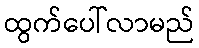
ထွက်ပေါ်လာမည်